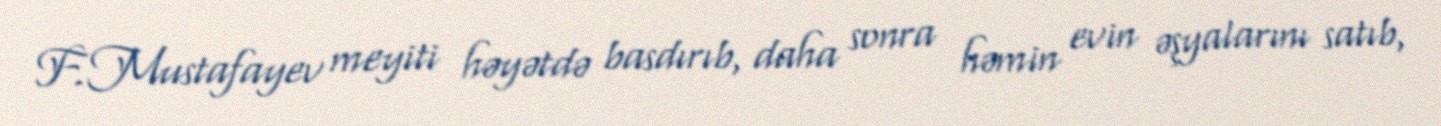
F.Mustafayev meyiti həyətdə basdırıb, daha sonra həmin evin əşyalarını satıb,